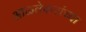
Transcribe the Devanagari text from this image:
आळतेकरांच्या